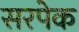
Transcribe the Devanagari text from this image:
सरपेक